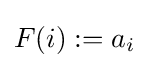
F(i):=a_{i}